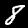
Label: 8